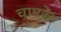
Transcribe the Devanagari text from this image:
चापके